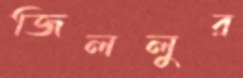
জিললুর